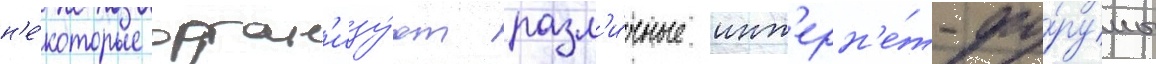
н'е́которые орган'изу́ют разл'и́чные инт'ерн'е́т-фо́румы